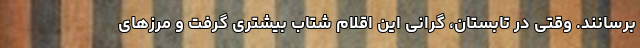
برسانند. وقتی در تابستان، گرانی این اقلام شتاب بیشتری گرفت و مرزهای